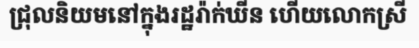
ជ្រុលនិយមនៅក្នុងរដ្ឋរ៉ាក់ឃីន ហើយលោកស្រី